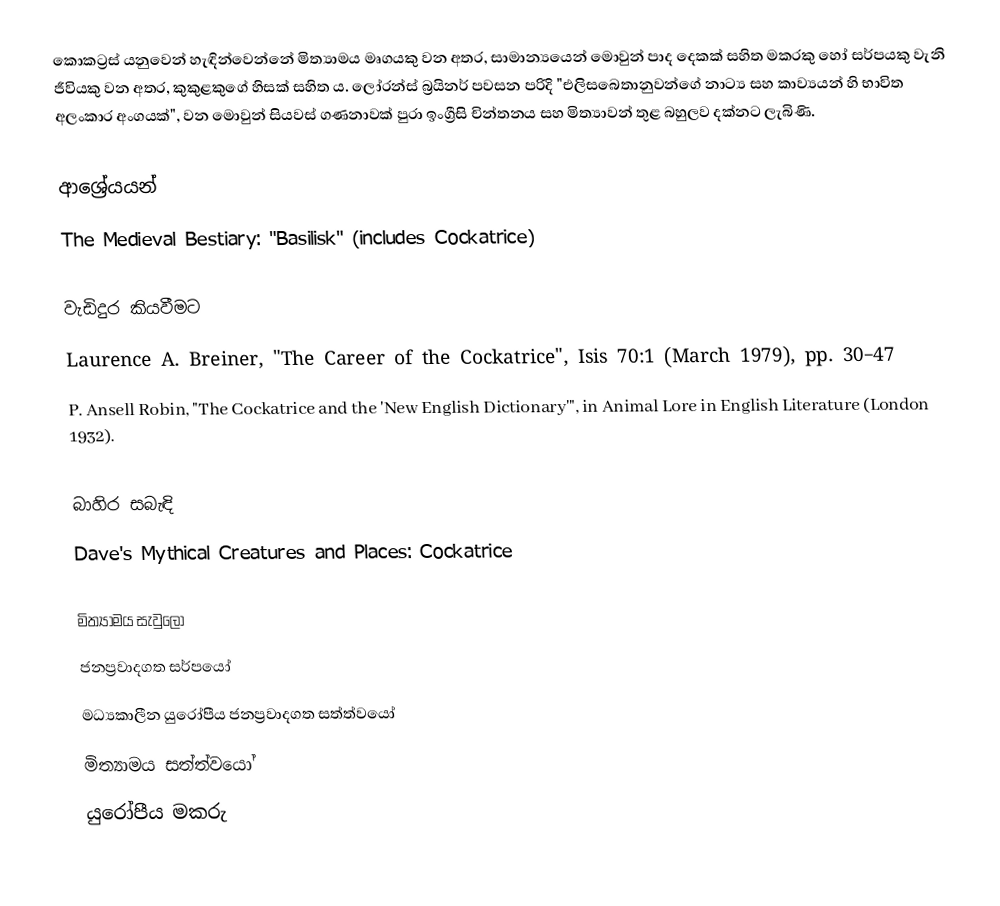
කොකට්‍රස් ‍යනුවෙන් හැඳින්වෙන්නේ මිත්‍යාමය මෘගයකු වන අතර, සාමාන්‍යයෙන් මොවුන් පාද දෙකක් සහිත මකරකු හෝ සර්පයකු වැනි ජීවියකු වන අතර, කුකුළකුගේ හිසක් සහිත ය. ලෝරන්ස් බ්‍රයිනර් පවසන පරිදි "එලිසබෙතානුවන්ගේ නාට්‍ය සහ කාව්‍යයන් හි භාවිත අලංකාර අංගයක්", වන මොවුන් සියවස් ගණනාවක් පුරා ඉංග්‍රීසි චින්තනය සහ මිත්‍යාවන් තුළ බහුලව දක්නට ලැබිණි.

ආශ්‍රේයයන්
 The Medieval Bestiary: "Basilisk" (includes Cockatrice)

වැඩිදුර කියවීමට
 Laurence A. Breiner, "The Career of the Cockatrice", Isis 70:1 (March  1979), pp. 30–47
 P. Ansell Robin, "The Cockatrice and the 'New English Dictionary'", in Animal Lore in English Literature (London 1932).

බාහිර සබැඳි
Dave's Mythical Creatures and Places: Cockatrice

මිත්‍යාමය සැවුලෝ
ජනප්‍රවාදගත සර්පයෝ
මධ්‍යකාලීන යුරෝපීය ජනප්‍රවාදගත සත්ත්වයෝ
මිත්‍යාමය සත්ත්වයෝ
යුරෝපීය මකරු